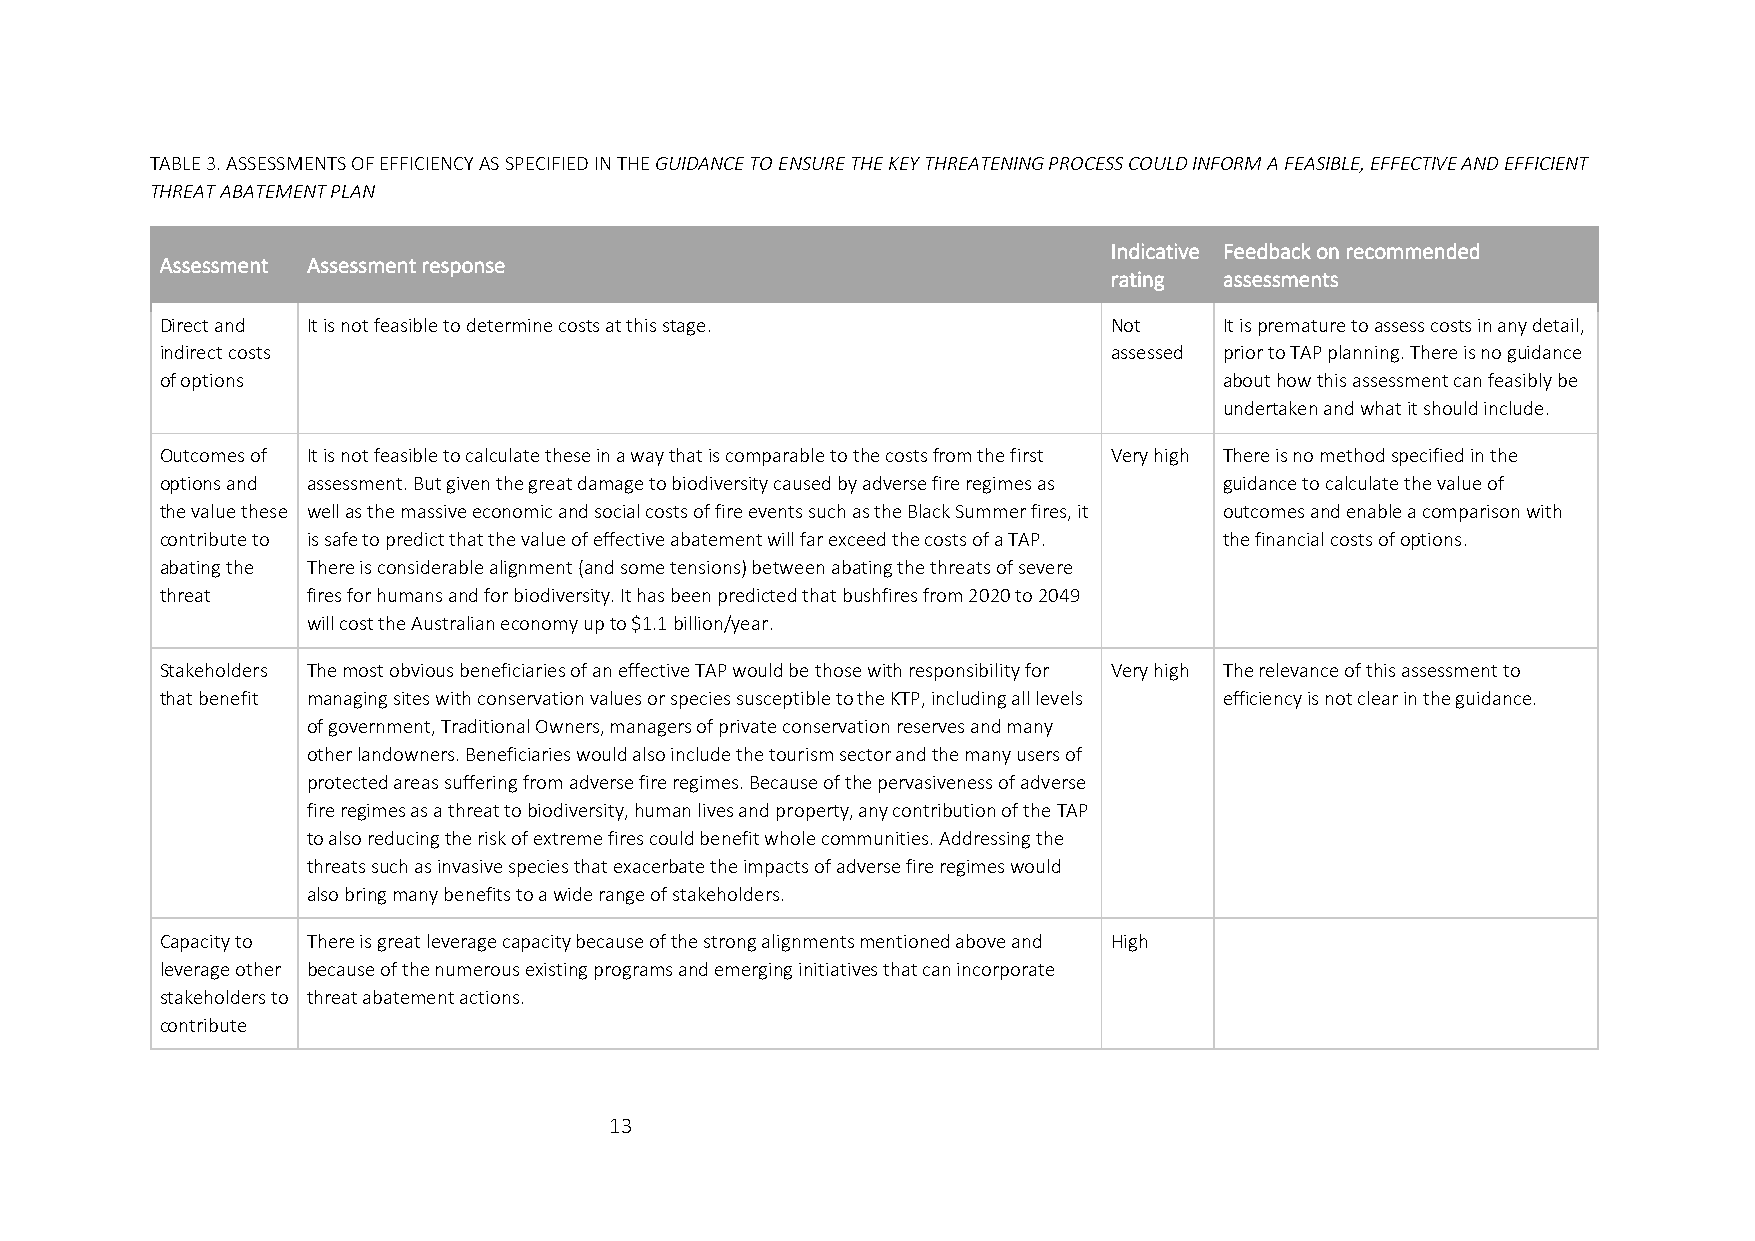
TABLE 3. ASSESSMENTS OF EFFICIENCY AS SPECIFIED IN THE GUIDANCE TO ENSURE THE KEY THREATENING PROCESS COULD INFORM A FEASIBLE, EFFECTIVE AND EFFICIENT
 THREAT ABATEMENT PLAN
 Indicative Feedback on recommended
 Assessment Assessment response
 rating  assessments
 Direct and It is not feasible to determine costs at this stage. Not   It is premature to assess costs in any detail,
 indirect costs                                                assessed prior to TAP planning. There is no guidance
 of options                                                            about how this assessment can feasibly be
 undertaken and what it should include.
 Outcomes of It is not feasible to calculate these in a way that is comparable to the costs from the first Very high There is no method specified in the
 options and assessment. But given the great damage to biodiversity caused by adverse fire regimes as guidance to calculate the value of
 the value these well as the massive economic and social costs of fire events such as the Black Summer fires, it outcomes and enable a comparison with
 contribute to is safe to predict that the value of effective abatement will far exceed the costs of a TAP. the financial costs of options.
 abating the There is considerable alignment (and some tensions) between abating the threats of severe
 threat   fires for humans and for biodiversity. It has been predicted that bushfires from 2020 to 2049
 will cost the Australian economy up to $1.1 billion/year.
 Stakeholders The most obvious beneficiaries of an effective TAP would be those with responsibility for Very high The relevance of this assessment to
 that benefit managing sites with conservation values or species susceptible to the KTP, including all levels efficiency is not clear in the guidance.
 of government, Traditional Owners, managers of private conservation reserves and many
 other landowners. Beneficiaries would also include the tourism sector and the many users of
 protected areas suffering from adverse fire regimes. Because of the pervasiveness of adverse
 fire regimes as a threat to biodiversity, human lives and property, any contribution of the TAP
 to also reducing the risk of extreme fires could benefit whole communities. Addressing the
 threats such as invasive species that exacerbate the impacts of adverse fire regimes would
 also bring many benefits to a wide range of stakeholders.
 Capacity to There is great leverage capacity because of the strong alignments mentioned above and High
 leverage other because of the numerous existing programs and emerging initiatives that can incorporate
 stakeholders to threat abatement actions.
 contribute
 13